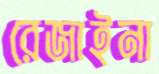
রেজাইনা